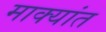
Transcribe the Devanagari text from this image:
माक्यांत